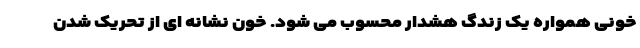
خونی همواره یک زندگ هشدار محسوب می شود. خون نشانه ای از تحریک شدن